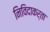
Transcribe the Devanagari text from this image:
निविदाकर्ता